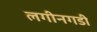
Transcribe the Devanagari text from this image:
लगीनगडी